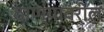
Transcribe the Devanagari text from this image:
ठाण्यावरील